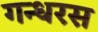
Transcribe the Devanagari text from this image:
गन्धरस